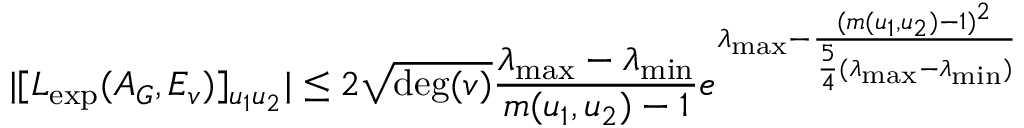
| [ L _ { \exp } ( A _ { G } , E _ { v } ) ] _ { u _ { 1 } u _ { 2 } } | \leq 2 \sqrt { \deg ( v ) } \frac { \lambda _ { \operatorname* { m a x } } - \lambda _ { \operatorname* { m i n } } } { m ( u _ { 1 } , u _ { 2 } ) - 1 } e ^ { \lambda _ { \operatorname* { m a x } } - \frac { ( m ( u _ { 1 } , u _ { 2 } ) - 1 ) ^ { 2 } } { \frac { 5 } { 4 } ( \lambda _ { \operatorname* { m a x } } - \lambda _ { \operatorname* { m i n } } ) } }